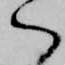
ハ